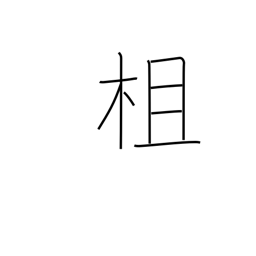
Meaning: railing